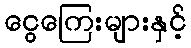
ငွေကြေးများနှင့်